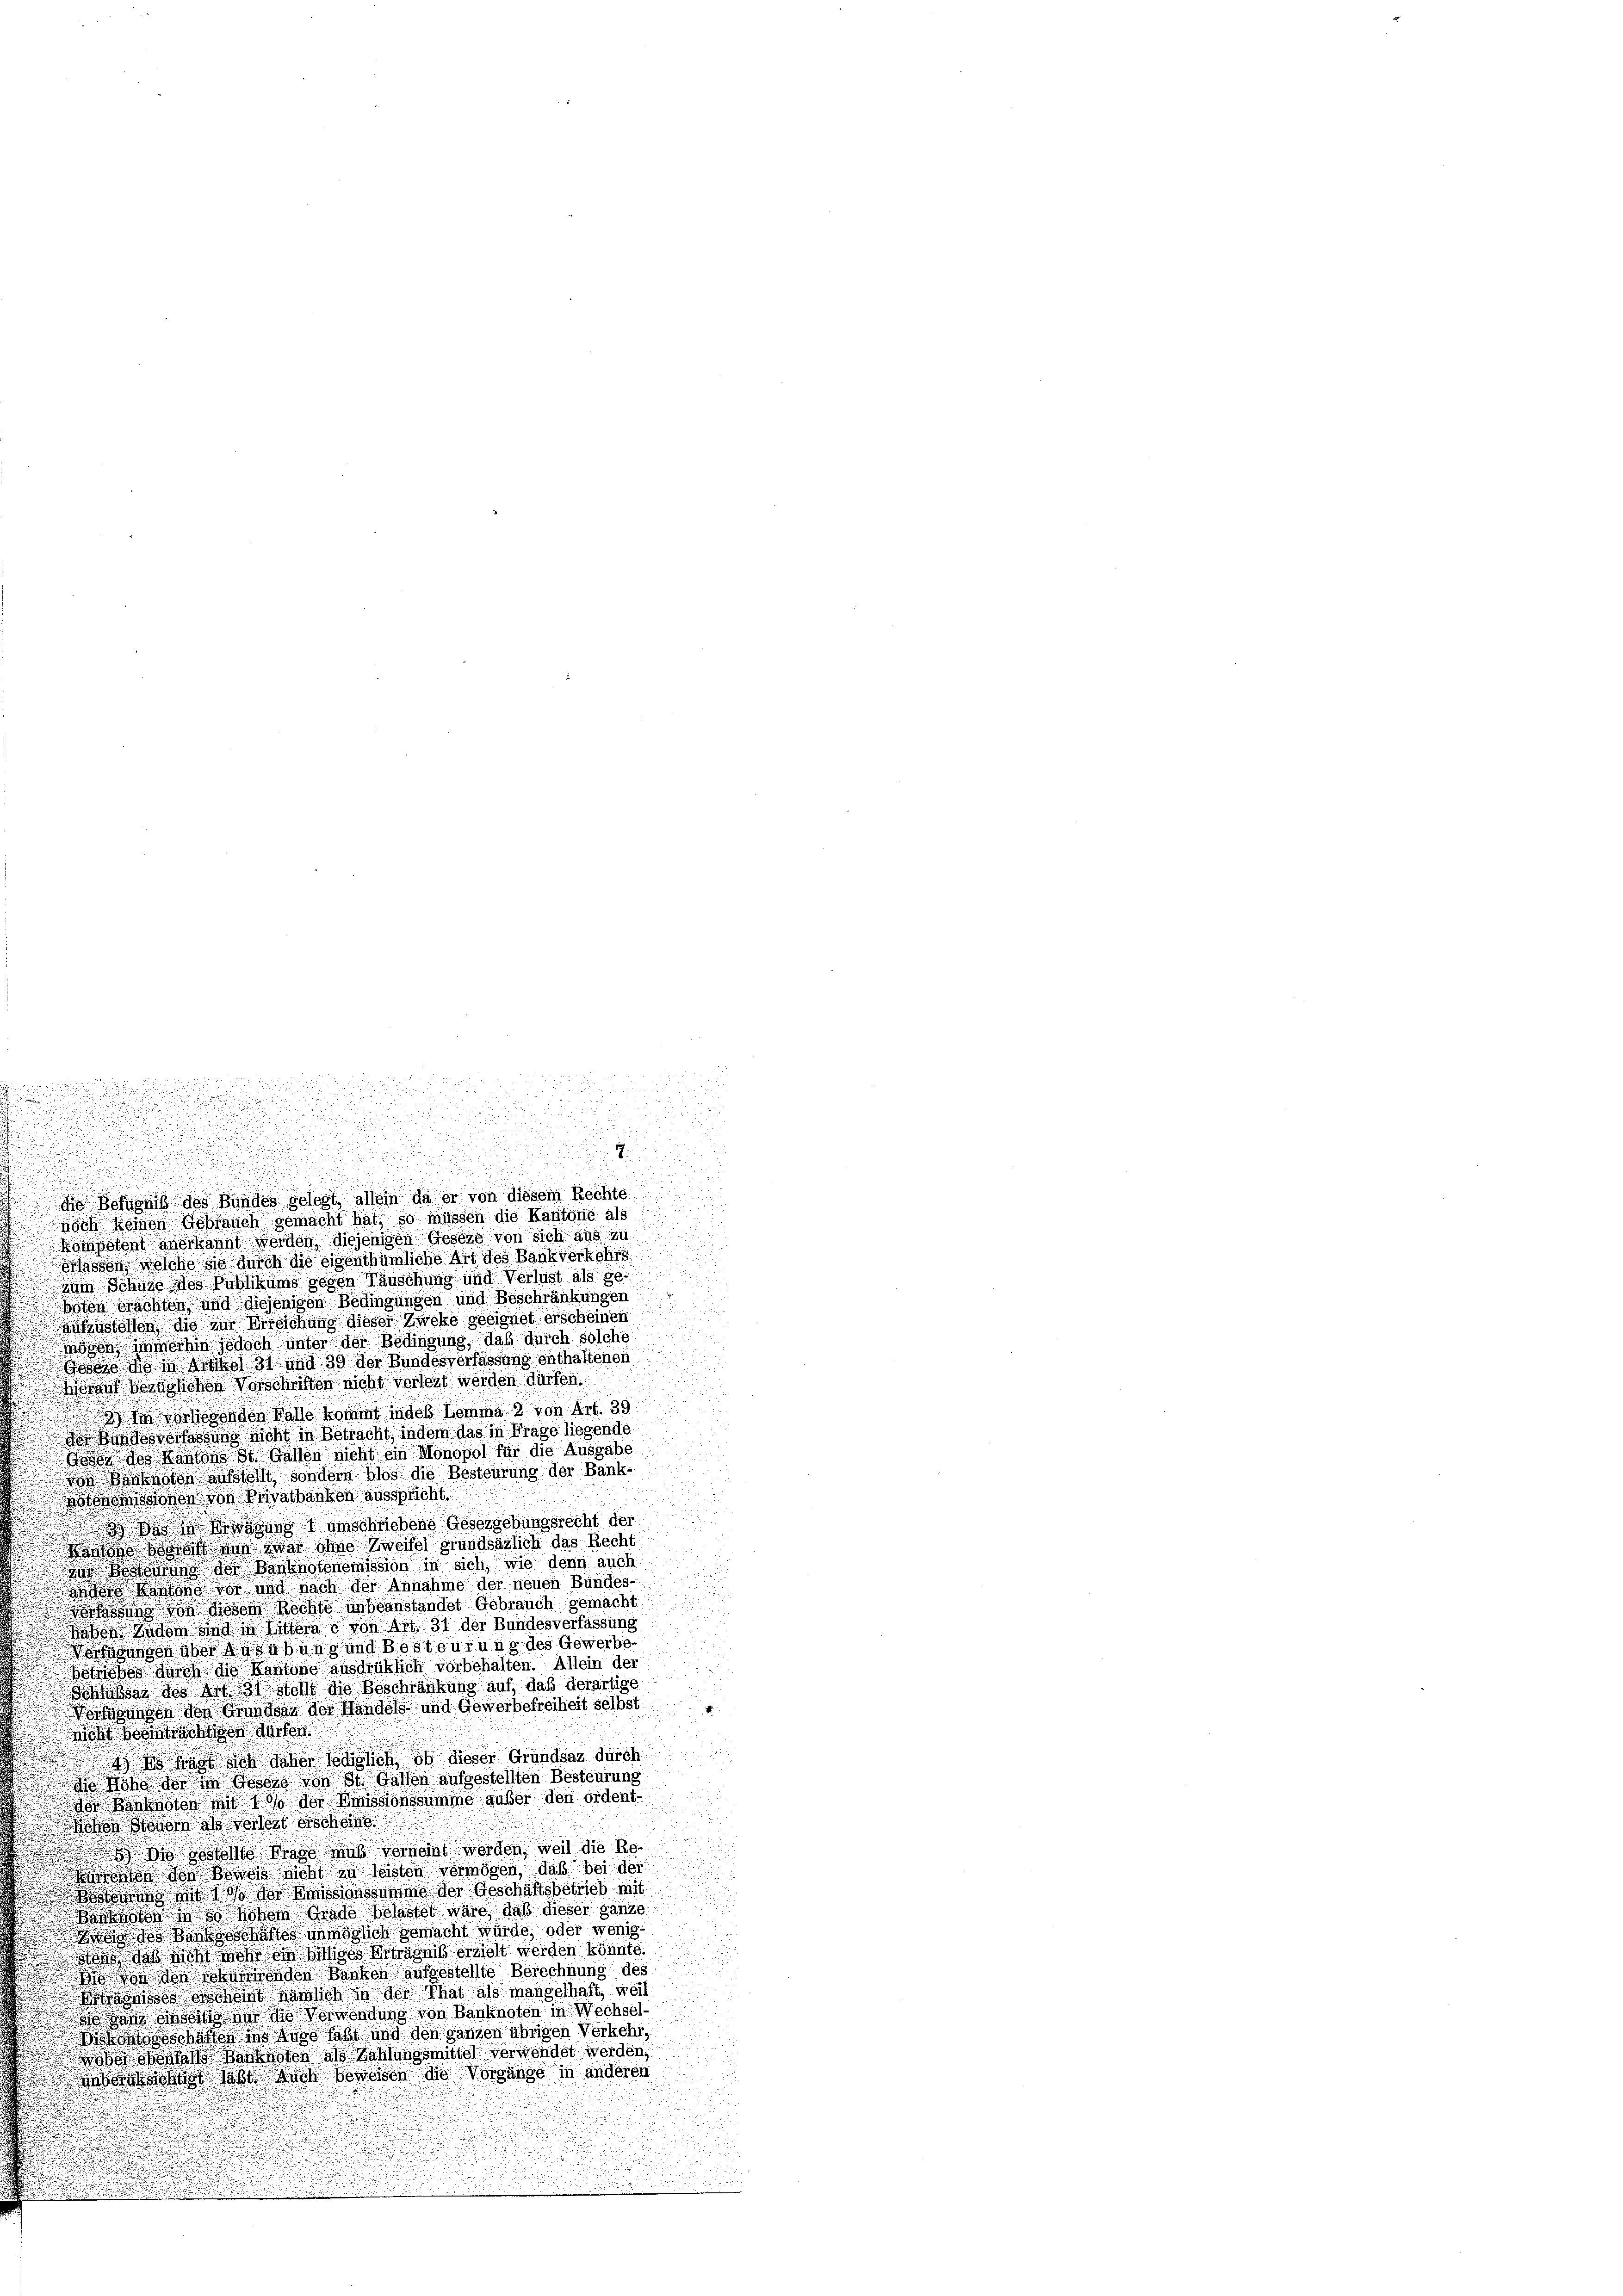
u
noch keinen Gebrauch gemacht hat, so müssen die Kantone als
Kompetent averkannt werden diejenigen Gesetz von sich aus in
Sasson, welche so durch die Eigenthümliche Art des Bankverkehrs
ain Schnee des Publikums gegen Täuschung und Verlust als 80
boten Brachten und diejenigen Bedingungen und Beschränkungen
schustellen, die zur Kirsschung dieser Zweke geeignet erscheinen
n
Mögen immerhin jedoch unter der Bedingung, daß durch solche
Goses die in den 31 und 39 der Bundesverfassung enthaftenen
Horen Bezüglichen Vorschriften nicht vorort werden dürfen.
wa vorgenden Walle kommt in des Lemma 2 von Art. 39.
Bondo assung nicht in Betracht, indem das in Frage liegende
Todor des Kantons St. Gallen nicht ein Monopol für die Ausgabe
 kasten aufstellt sondern blos die Besteurung der Bankisission von Wratbanken ausspricht.
 anschriebene Gesergebungsrecht der

d Kantone soweit den zwar ohne Zweifel grundsäglich das Recht
 Kosten der Banknotonomission in sich, wie denn auch
osten Bestand vor und nach der Annahme der neuen Bundes-
essens von diesem Rechte debeanstandet Gebrauch gemacht.
bon. Zudem und in Litteras von Art. 31 der Bundesverfassung
igungen über deutung und Besteurung des Gewerbe-
bötzobes durch die Kantone ausdrüklich vorbehalten. Allein der
Schlage des Art 3 Stoll die Beschränkung auf, daß derartige
Vorgangen den Grundat der Handel und Gewerbefreiheit selbst
Richt vorschien dürfen
u
  Hand so gene Meilich in dieser Grundsaz durch
 Höhe der die Geser von St. Gallen aufgestellten Besteurung
wagen Kataster mit der der Weissionssumme außer den ordent.
ohen Mord als vorher Besch
 öste Was muß verheint werden, weil die Renten der Bonst nicht in leisten vermögen, daß bei der
 Wo die Rissensumme der Geschäftsbetrieb mit
wote des hoben Grade belastet wäre, daß dieser ganze
as Bankschaftes unmöglich gemacht würde, oder wenig
at, daß sicht mehr die billige gelt werden könnte
edenenden Banken aufgestellte Berechnung des
wasses erheit an sich in der That als mangelhaft, weil
don des an die Verwendung von Banknoten in Wechsel-
ogschaften in des habt und den ganzen übrigen Verkehr,
 Wort anknoten als Zahlensmittel verwendet werden,
oterben hast habe Nach sowassen die Vorgänge in anderen

i

n
u
e
u

e

u
de Befugnis des Bundes gelegt, allein da er von diesem Rechte